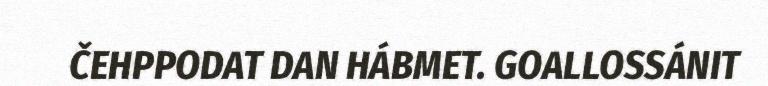
ČEHPPODAT DAN HÁBMET. GOALLOSSÁNIT